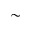
\sim